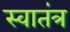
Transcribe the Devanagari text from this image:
स्‍वातंत्र